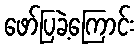
ဖော်ပြခဲ့ကြောင်း